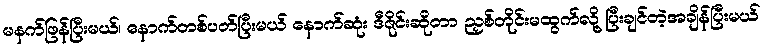
မနက်ဖြန်ပြီးမယ်၊ နောက်တစ်ပတ်ပြီးမယ် နောက်ဆုံး ဒီဇိုင်းဆိုတာ ညှစ်တိုင်းမထွက်လို့ ပြီးချင်တဲ့အချိန်ပြီးမယ်